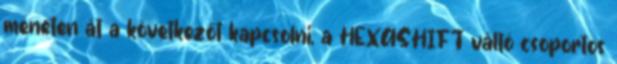
meneten át a következőt kapcsolni, a HEXASHIFT váltó csoportos